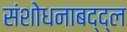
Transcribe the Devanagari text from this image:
संशोधनाबद्द्ल